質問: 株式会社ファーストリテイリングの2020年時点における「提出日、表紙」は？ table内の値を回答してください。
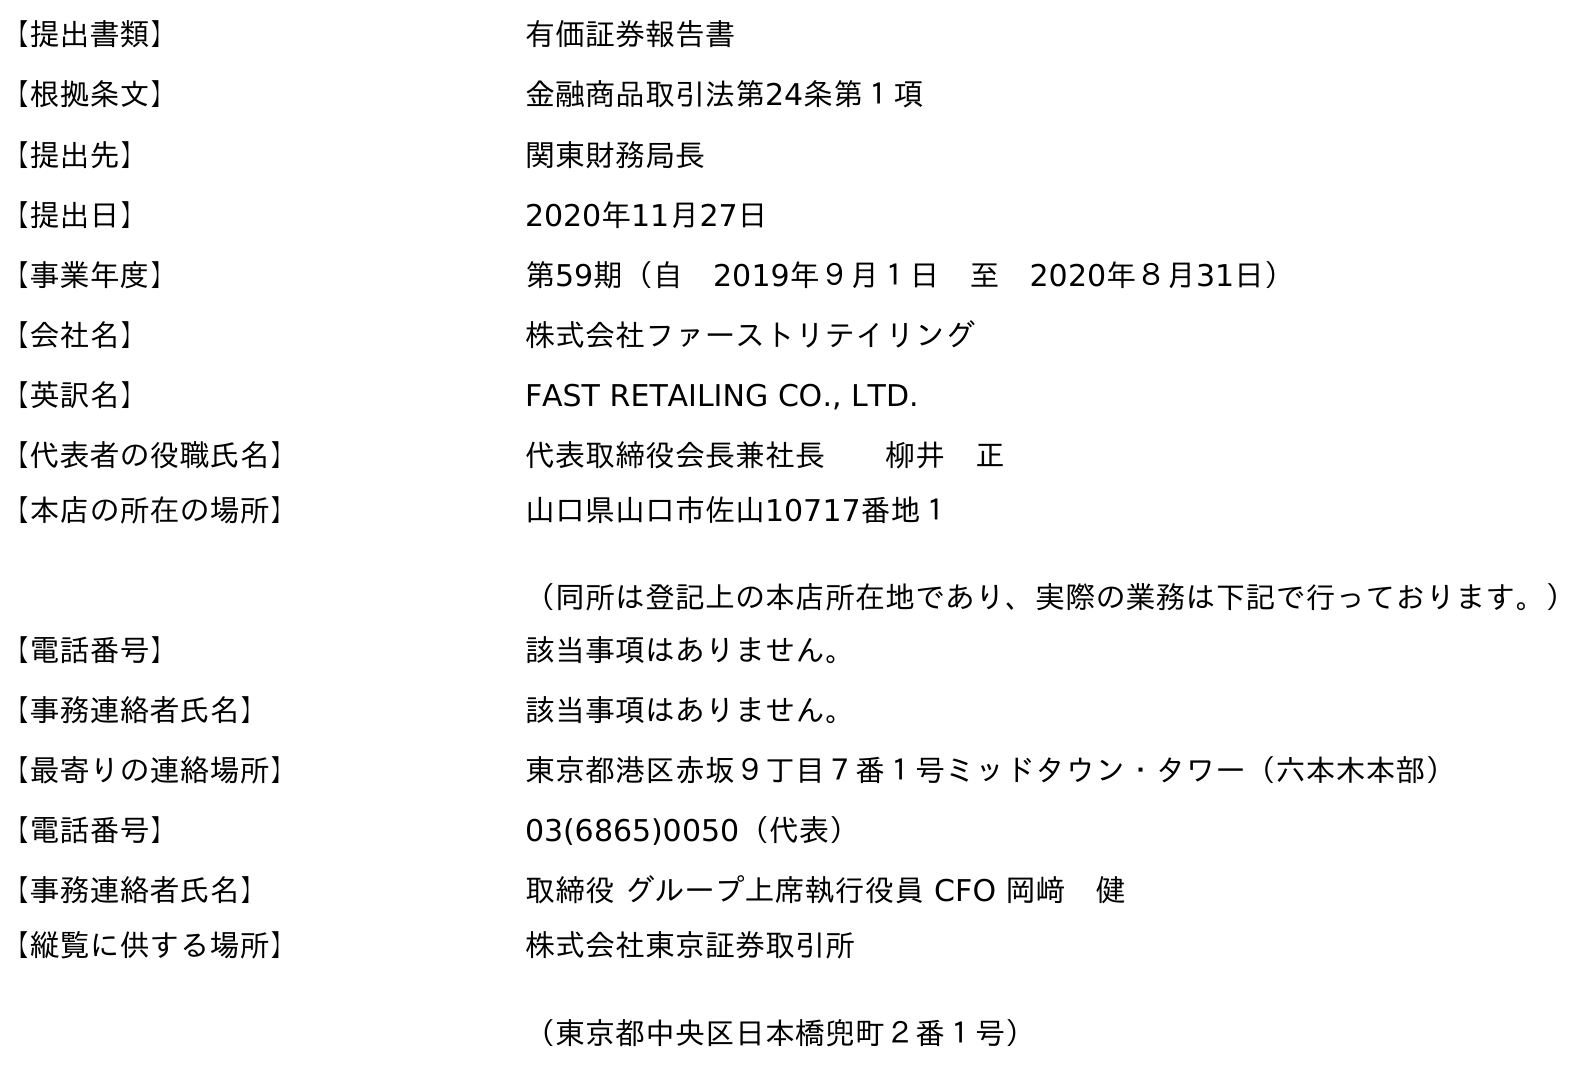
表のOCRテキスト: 【提出書類】 有価証券報告書 【根拠条文】 金融商品取引法第24条第１項 【提出先】 関東財務局長 【提出日】 2020年11月27日 【事業年度】 第59期（自 2019年９月１日 至 2020年８月31日） 【会社名】 株式会社ファーストリテイリング 【英訳名】 FAST RETAILING CO., LTD. 【代表者の役職氏名】 代表取締役会長兼社長  柳井 正 【本店の所在の場所】 山口県山口市佐山10717番地１ （同所は登記上の本店所在地であり、実際の業務は下記で行っております。） 【電話番号】 該当事項はありません。 【事務連絡者氏名】 該当事項はありません。 【最寄りの連絡場所】 東京都港区赤坂９丁目７番１号ミッドタウン・タワー（六本木本部） 【電話番号】 03(6865)0050（代表） 【事務連絡者氏名】 取締役 グループ上席執行役員 CFO 岡﨑 健 【縦覧に供する場所】 株式会社東京証券取引所 （東京都中央区日本橋兜町２番１号）
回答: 2020年11月27日